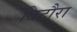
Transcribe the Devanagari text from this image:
बिटौरा